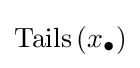
\operatorname {Tails} \left(x_{\bullet }\right)